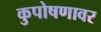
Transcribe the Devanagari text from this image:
कुपोषणावर